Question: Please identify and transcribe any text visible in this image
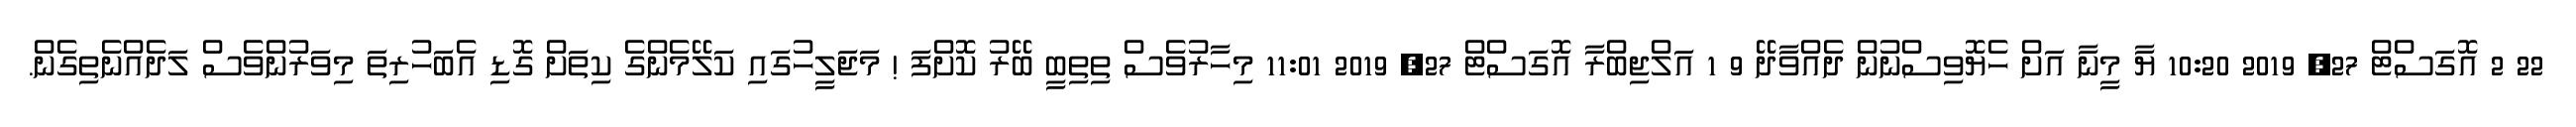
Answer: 22 2 އޮގަސްޓް 27, 2019 10:20 ޔާ މީނާ އަށް ހެޔޮވިސްނުން ދެއްވާދޭ 9 1 އަލްޖިބްރާ އޮގަސްޓް 27, 2019 11:01 މިހާރުވެސް ތިތިބީ ބޭރު ކޮށްފަ ! މަޖަލީހުގައި ކަލޭމެންގެ ކިތަށް ގޮޑި އެބަހުރިތަ މިވަރުންވެސް ލަދެއްނެތިގެން.